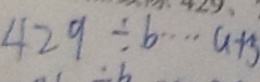
4 2 9 \div b \cdots a + 5